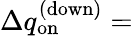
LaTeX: \Delta q_{\mathrm{on}}^{\mathrm{(down)}}=